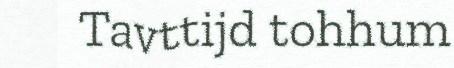
Tavttijd tohhum